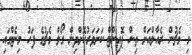
މި މެޗުން ރެއާލްއަށް ތިން ޕޮއިންޓް ކަށަވަރުކޮށްދިން ގޯލް މެޗުގެ ފަހު މިނެޓްގައި